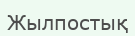
Жылпостық